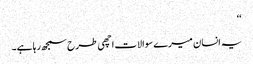
‘‘
یہ انسان میرے سوالات اچھی طرح سمجھ رہا ہے۔